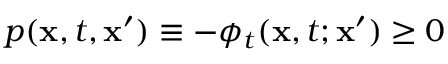
p ( \mathbf { x } , t , \mathbf { x } ^ { \prime } ) \equiv - \phi _ { t } ( \mathbf { x } , t ; \mathbf { x } ^ { \prime } ) \geq 0